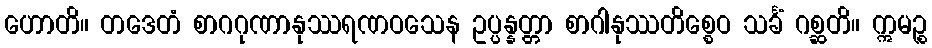
ဟောတိ။ တဒေတံ စာဂဂုဏာနုဿရဏဝသေန ဥပ္ပန္နတ္တာ စာဂါနုဿတိစ္စေဝ သင်္ခံ ဂစ္ဆတိ။ ဣမဉ္စ